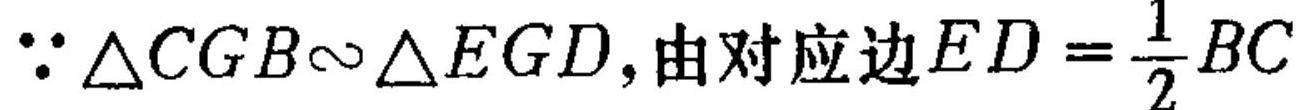
$\because \triangle CGB\sim\triangle EGD,由对应边ED = \frac{1}{2}BC$